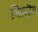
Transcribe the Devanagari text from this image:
मिल्हौस